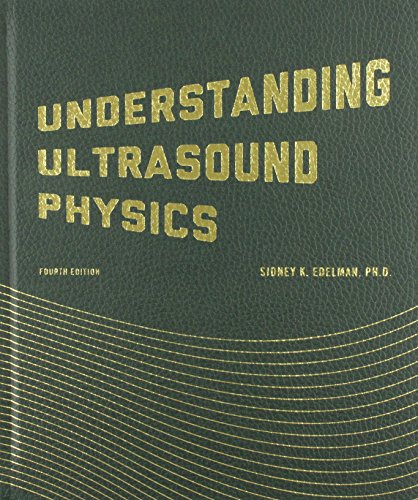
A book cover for Understanding Ultrasound Physics; Sidney K. Edelman; Medical Books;